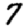
Digit: 7